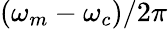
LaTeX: (\omega_{m}-\omega_{c})/2\pi